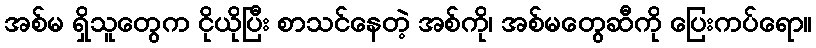
အစ်မ ရှိသူတွေက ငိုယိုပြီး စာသင်နေတဲ့ အစ်ကို၊ အစ်မတွေဆီကို ပြေးကပ်ရော။